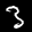
Label: 3